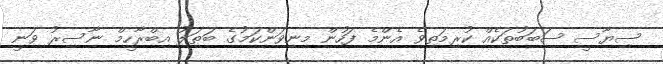
ސިޔާސީ ސަބަބުތަކެއް ކުރިމަތިވެ އެންމެ ފަހުން މިނިވަންކަމުގެ ބަޠަލު އިބްރާހީމް ނާސިރު ވަނީ